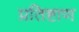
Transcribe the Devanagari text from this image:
प्रतिष्टाण